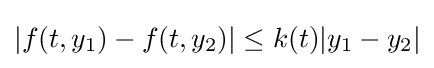
|f(t,y_{1})-f(t,y_{2})|\leq k(t)|y_{1}-y_{2}|